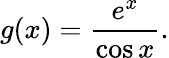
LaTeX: g(x)={\frac{e^{x}}{\cos x}}.